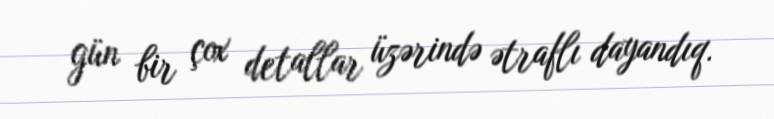
gün bir çox detallar üzərində ətraflı dayandıq.